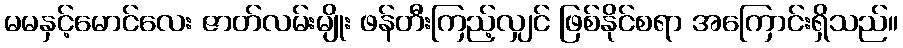
မမနှင့်မောင်လေး ဇာတ်လမ်းမျိုး ဖန်တီးကြည့်လျှင် ဖြစ်နိုင်စရာ အကြောင်းရှိသည်။